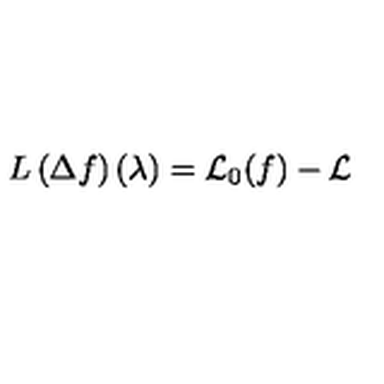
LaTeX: L \left( \Delta f \right) \left( \lambda \right) = { \cal L } _ { 0 } ( f ) - { \cal L }